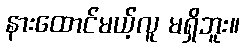
နားထောင်မယ့်လူ မရှိဘူး။